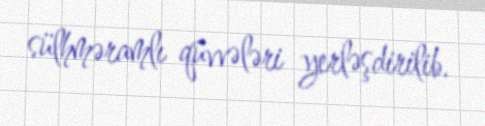
sülhməramlı qüvvələri yerləşdirilib.